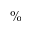
\%